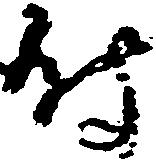
付